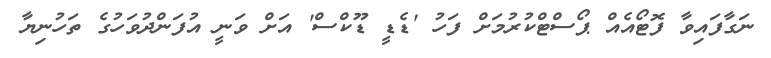
ނަގާފައިވާ ފޮޓޯއެއް ޕޯސްޓްކުރުމަށް ފަހު 'ޑެޑީ ޑޫކްސް' އަށް ވަނީ އުފަންދުވަހުގެ ތަހުނިޔާ